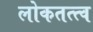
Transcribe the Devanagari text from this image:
लोकतत्त्व